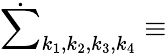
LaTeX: \dot{\sum}_{k_{1},k_{2},k_{3},k_{4}}\equiv